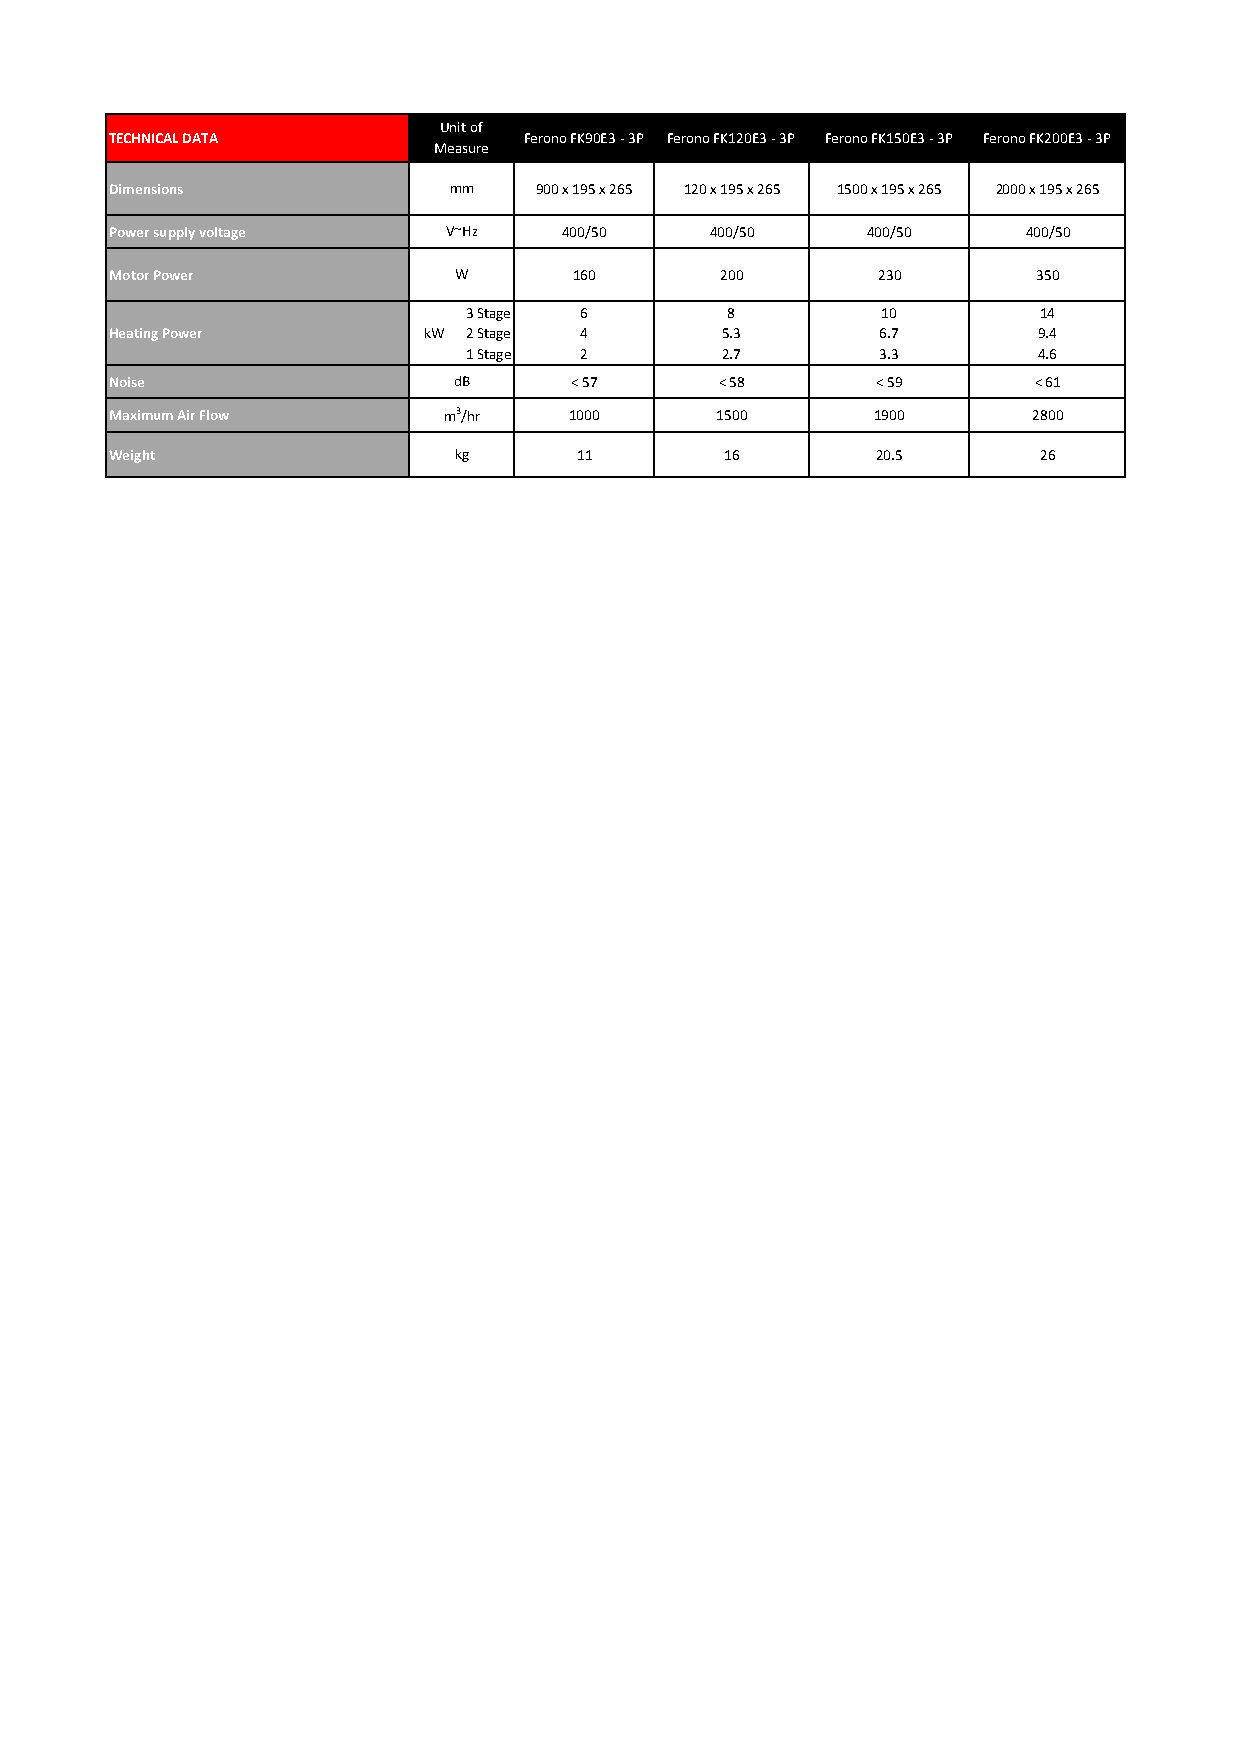
Unit of
 TECHNICAL DATA              Ferono FK90E3 - 3P Ferono FK120E3 - 3P Ferono FK150E3 - 3P Ferono FK200E3 - 3P
 Measure
 Dimensions             mm   900 x 195 x 265 120 x 195 x 265 1500 x 195 x 265 2000 x 195 x 265
 Power supply voltage   V~Hz   400/50    400/50    400/50     400/50
 Motor Power            W       160       200       230        350
 3 Stage 6        8         10         14
 Heating Power        kW 2 Stage 4        5.3       6.7        9.4
 1 Stage 2        2.7       3.3        4.6
 Noise                  dB      < 57      < 58      < 59      < 61
 Maximum Air Flow      m3/hr    1000     1500       1900      2800
 Weight                 kg      11        16        20.5       26